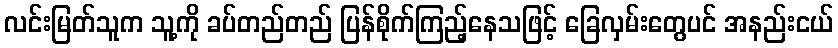
လင်းမြတ်သူက သူ့ကို ခပ်တည်တည် ပြန်စိုက်ကြည့်နေသဖြင့် ခြေလှမ်းတွေပင် အနည်းငယ်